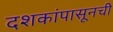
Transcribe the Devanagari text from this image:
दशकांपासूनची